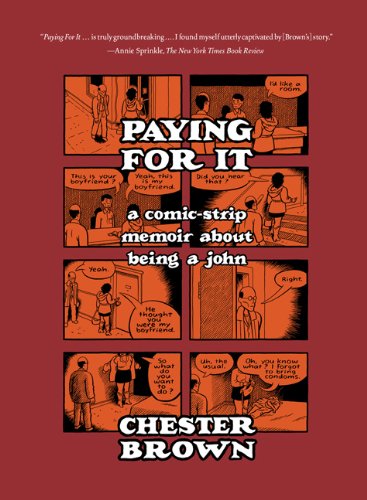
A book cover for Paying for It; Chester Brown; Comics & Graphic Novels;